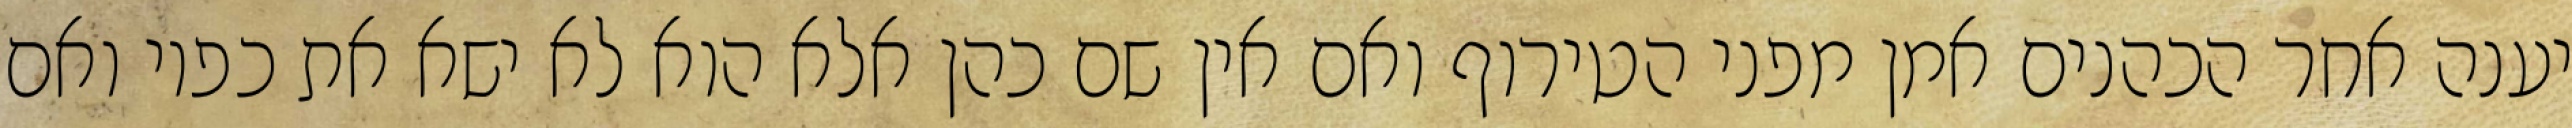
יענה אחר הכהנים אמן מפני הטירוף ואם אין שם כהן אלא הוא לא ישא את כפיו ואם